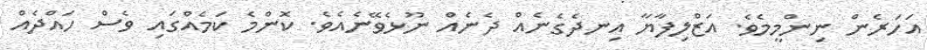
އަހަރެން ނިންމީމެވެ. އަޒްލިފާޔާ އިނދެގެނެއް ދެނެއް ނޫޅެވޭނެއެވެ. ކޮންމެ ކަމެއްގައި ވެސް ހައްދެެއް